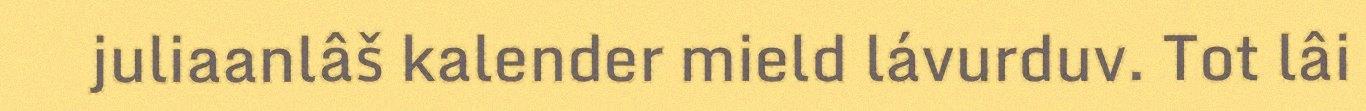
juliaanlâš kalender mield lávurduv. Tot lâi